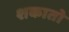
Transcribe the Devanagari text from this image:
शकातो